Scottish Leaving Certificate Examination, 1959
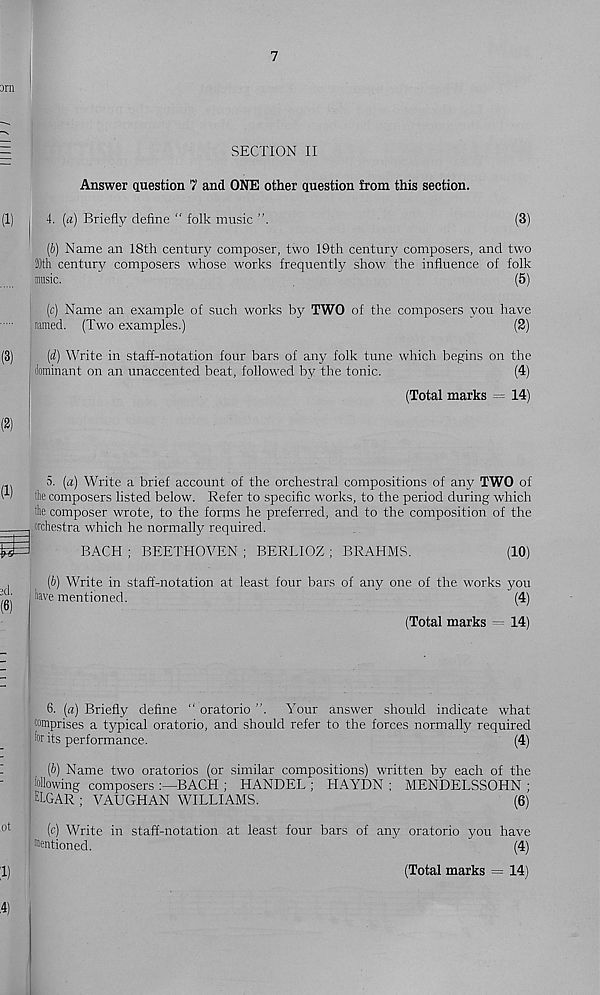
SECTION II
Answer question 7 and ONE other question from this section.
| 4. (a) Briefly define " folk music
(3)
(b) Name an 18th century composer, two 19th century composers, and two
20th century composers whose works frequently show the influence of folk
music.
(5)
(c) Name an example of such works by TWO of the composers you have
named. (Two examples.)
(2)
(d) Write in staff-notation four bars of any folk tune which begins on the
dominant on an unaccented beat, followed by the tonic.
(4)
(Total marks = 14)
5. [a) Write a brief account of the orchestral compositions of any TWO of
fie composers listed below. Refer to specific works, to the period during which
he composer wrote, to the forms he preferred, and to the composition of the
orchestra which he normally required.
BACH ; BEETHOVEN ; BERLIOZ ; BRAHMS.
(10)
(b) Write in staff-notation at least four bars of any one of the works you
lave mentioned.
(4)
(Total marks = 14)
6. (a) Briefly define " oratorio ”. Your answer should indicate what
comprises a typical oratorio, and should refer to the forces normally required
| for its performance.
(4)
(b) Name two oratorios (or similar compositions) written by each of the
following composers BACH ; HANDEL ; HAYDN ; MENDELSSOHN ;
ELGAR ; VAUGHAN WILLIAMS.
(6)
(c) Write in staff-notation at least four bars of any oratorio you have
I Mentioned.
(4)
(Total marks = 14)